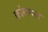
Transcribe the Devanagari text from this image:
कांधमल